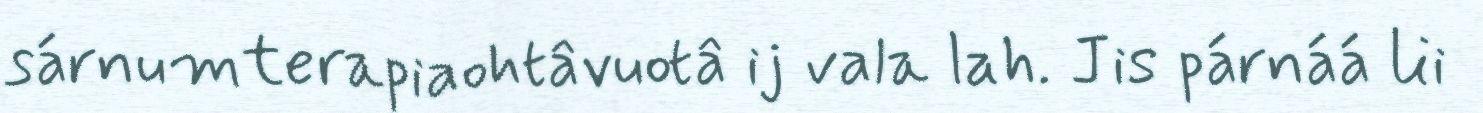
sárnumterapiaohtâvuotâ ij vala lah. Jis párnáá lii